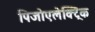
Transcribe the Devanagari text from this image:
पिजोएलेक्ट्रिक